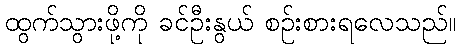
ထွက်သွားဖို့ကို ခင်ဦးနွယ် စဉ်းစားရလေသည်။